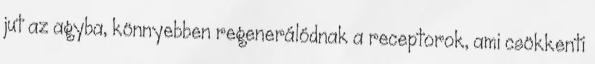
jut az agyba, könnyebben regenerálódnak a receptorok, ami csökkenti